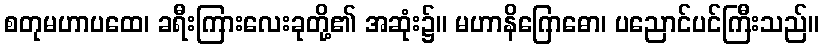
စတုမဟာပထေ၊ ခရီးကြားလေးခုတို့၏ အဆုံး၌။ မဟာနိဂြောဓော၊ ပညောင်ပင်ကြီးသည်။